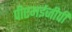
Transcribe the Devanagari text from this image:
पीएमईजीपी